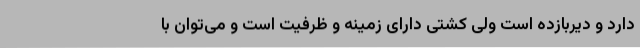
دارد و دیربازده است ولی کشتی دارای زمینه و ظرفیت است و می‌توان با